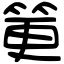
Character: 筻